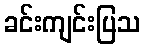
ခင်းကျင်းပြသ